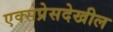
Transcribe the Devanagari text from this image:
एक्सप्रेसदेखील